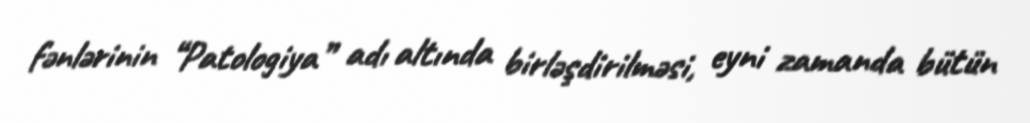
fənlərinin “Patologiya” adı altında birləşdirilməsi, eyni zamanda bütün